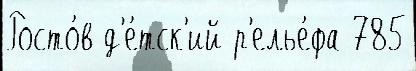
Росто́в д'е́тск'ий р'елье́фа 785